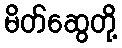
မိတ်ဆွေတို့